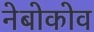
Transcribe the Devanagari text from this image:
नेबोकोव